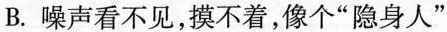
B.噪声看不见，摸不着，像个”隐身人”